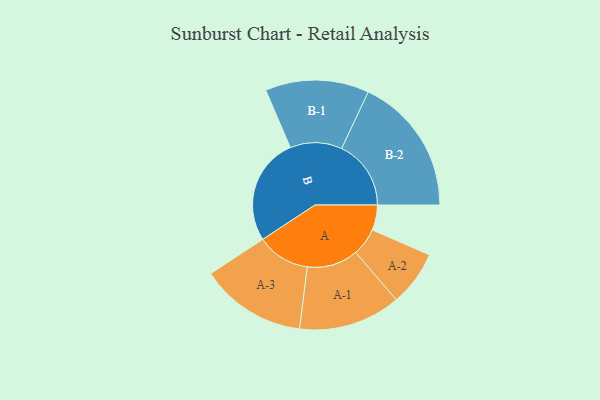
{"axis": {"x": "Segment", "y": "Value"}, "legend": ["", "A", "B"], "data": [{"x": "A", "y": 102, "type": ""}, {"x": "B", "y": 434, "type": ""}, {"x": "A-1", "y": 207, "type": "A"}, {"x": "A-2", "y": 112, "type": "A"}, {"x": "A-3", "y": 215, "type": "A"}, {"x": "B-1", "y": 210, "type": "B"}, {"x": "B-2", "y": 281, "type": "B"}]}